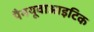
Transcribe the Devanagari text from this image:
पैनयूवाआइटिक